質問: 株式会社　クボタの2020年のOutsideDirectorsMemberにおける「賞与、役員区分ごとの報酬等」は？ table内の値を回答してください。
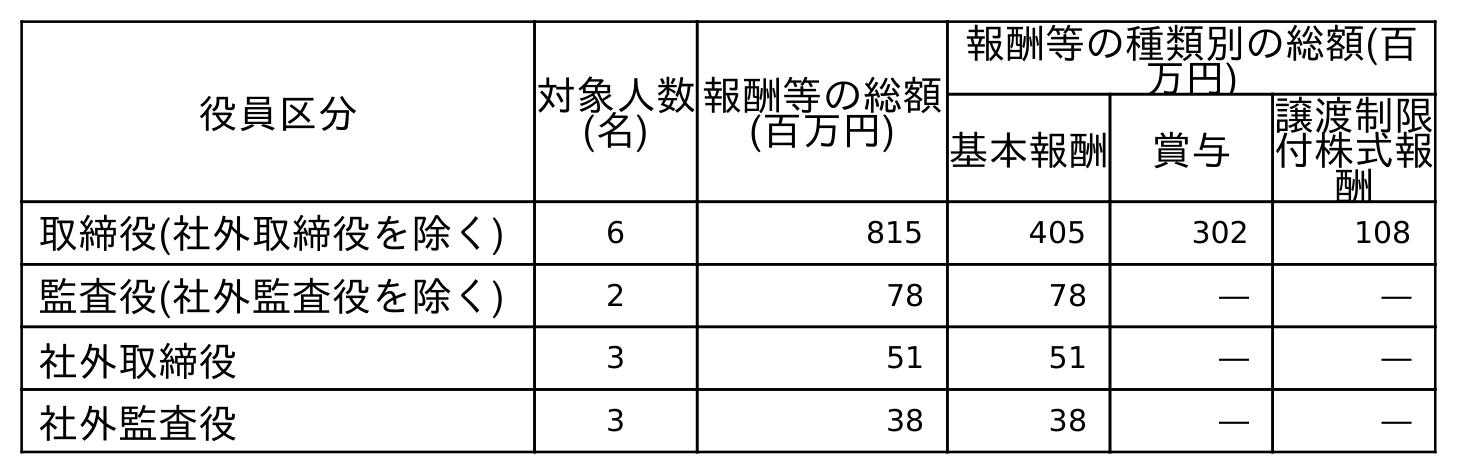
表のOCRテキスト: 役員区分 対象人数 (名) 報酬等の総額 (百万円) 報酬等の種類別の総額(百 万円) 基本報酬 賞与 譲渡制限 付株式報 酬 取締役(社外取締役を除く) 6 815 405 302 108 監査役(社外監査役を除く) 2 78 78 ― ― 社外取締役 3 51 51 ― ― 社外監査役 3 38 38 ― ―
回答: ―